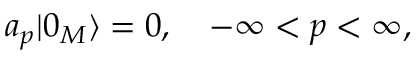
a _ { p } | 0 _ { M } \rangle = 0 , \quad - \infty < p < \infty ,